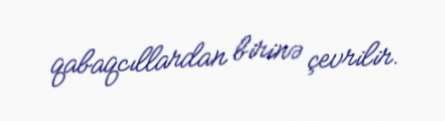
qabaqcıllardan birinə çevrilir.